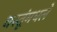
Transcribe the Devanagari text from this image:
वस्तूंमधले